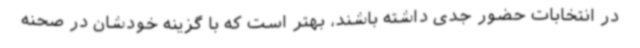
در انتخابات حضور جدی داشته باشند، بهتر است که با گزینه خودشان در صحنه